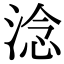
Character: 淰